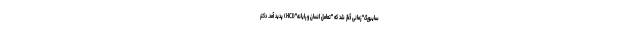
سایبورگ" زمانی آغاز شد که "تعامل انسان و رایانه"(HCI) پدید آمد. دکتر